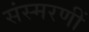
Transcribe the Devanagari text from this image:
संस्मरणीं